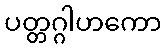
ပတ္တဂ္ဂါဟကော